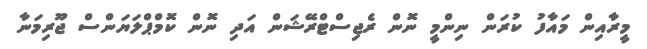
މީރާއިން މައާފު ކުރަން ނިންމީ ނޮން ރެޖިސްޓްރޭޝަން އަދި ނޮން ކޮމްޕްލަޔަންސް ޖޫރިމަނާ